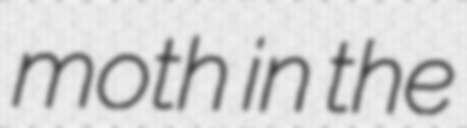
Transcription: moth in the